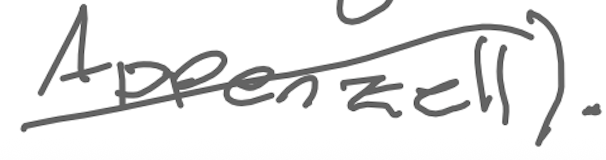
Text: Appenzell).
Cross-out: diagonal
Writing tool: digital_gray